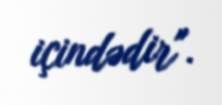
içindədir".